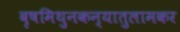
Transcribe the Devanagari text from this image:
वृषमिथुनकन्यातुलामकर